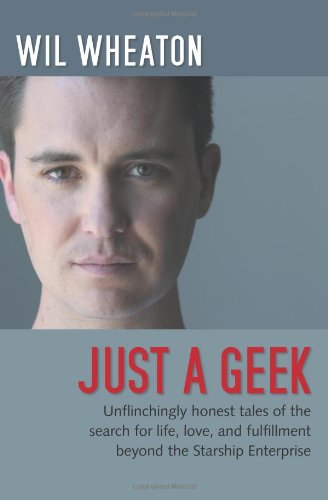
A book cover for Just a Geek: Unflinchingly honest tales of the search for life, love, and fulfillment beyond the Starship Enterprise; Wil Wheaton; Computers & Technology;